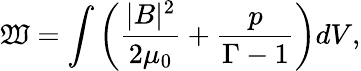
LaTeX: \mathfrak{W}=\int\left(\frac{{|B|^{2}}}{{2\mu_{0}}}+\frac{{p}}{{\Gamma-1}}\right)dV,